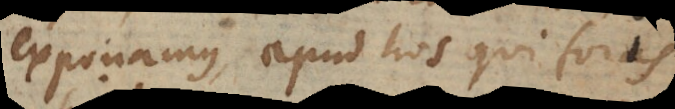
exponamus apud hos qui foris